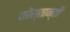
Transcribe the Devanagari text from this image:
कोंस्तान्ती